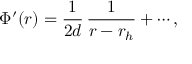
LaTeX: \Phi ^ { \prime } ( r ) = { \frac { 1 } { 2 d } } \, { \frac { 1 } { r - r _ { h } } } + \cdots ,